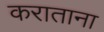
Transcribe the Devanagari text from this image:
कराताना